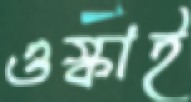
ওস্‌কাই